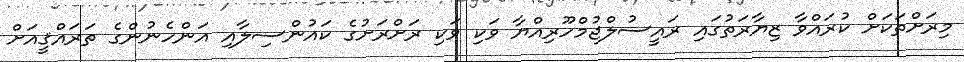
މިރަށްތަކަށް ކުރައްވާ ޒިޔާރަތުގައި ރައީސުލްޖުމްހޫރިއްޔާ ވަކި ވަކި ރަށްރަށުގެ ކައުންސިލާއި އަންހެނުންގެ ތަރައްޤީއަށް